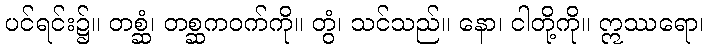
ပင်ရင်း၌။ တစ္ဆံ၊ တစ္ဆကဝက်ကို။ တွံ၊ သင်သည်။ နော၊ ငါတို့ကို။ ဣဿရော၊